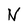
Character: N